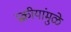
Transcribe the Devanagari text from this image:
प्रक्रीयांमुळे